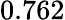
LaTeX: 0.762